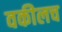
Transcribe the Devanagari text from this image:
वकीलच